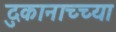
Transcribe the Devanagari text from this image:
दुकानाच्च्या